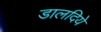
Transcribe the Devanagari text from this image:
डालदिये